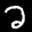
Label: 2